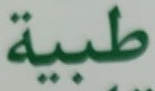
طبية